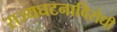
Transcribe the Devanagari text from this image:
राज्यघटनाविरोधी